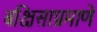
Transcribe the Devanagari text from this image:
बक्षिसाप्रमाणे